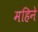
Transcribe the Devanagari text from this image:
महिनेे